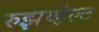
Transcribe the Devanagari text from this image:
रुझव्हेल्ट